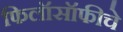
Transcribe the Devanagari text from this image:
फिलॉसॉफीचे